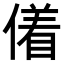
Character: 𬿜